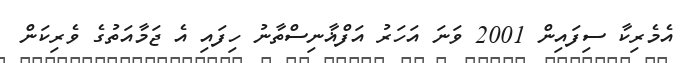
އެމެރިކާ ސިފައިން 2001 ވަނަ އަހަރު އަފްޣާނިސްތާނު ހިފައި އެ ޖަމާއަތުގެ ވެރިކަން